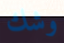
وشك